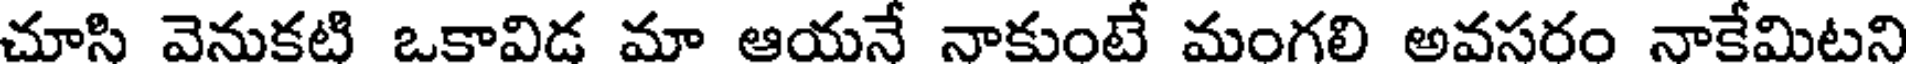
చూసి వెనుకటి ఒకావిడ మా ఆయనే నాకుంటే మంగలి అవసరం నాకేమిటని